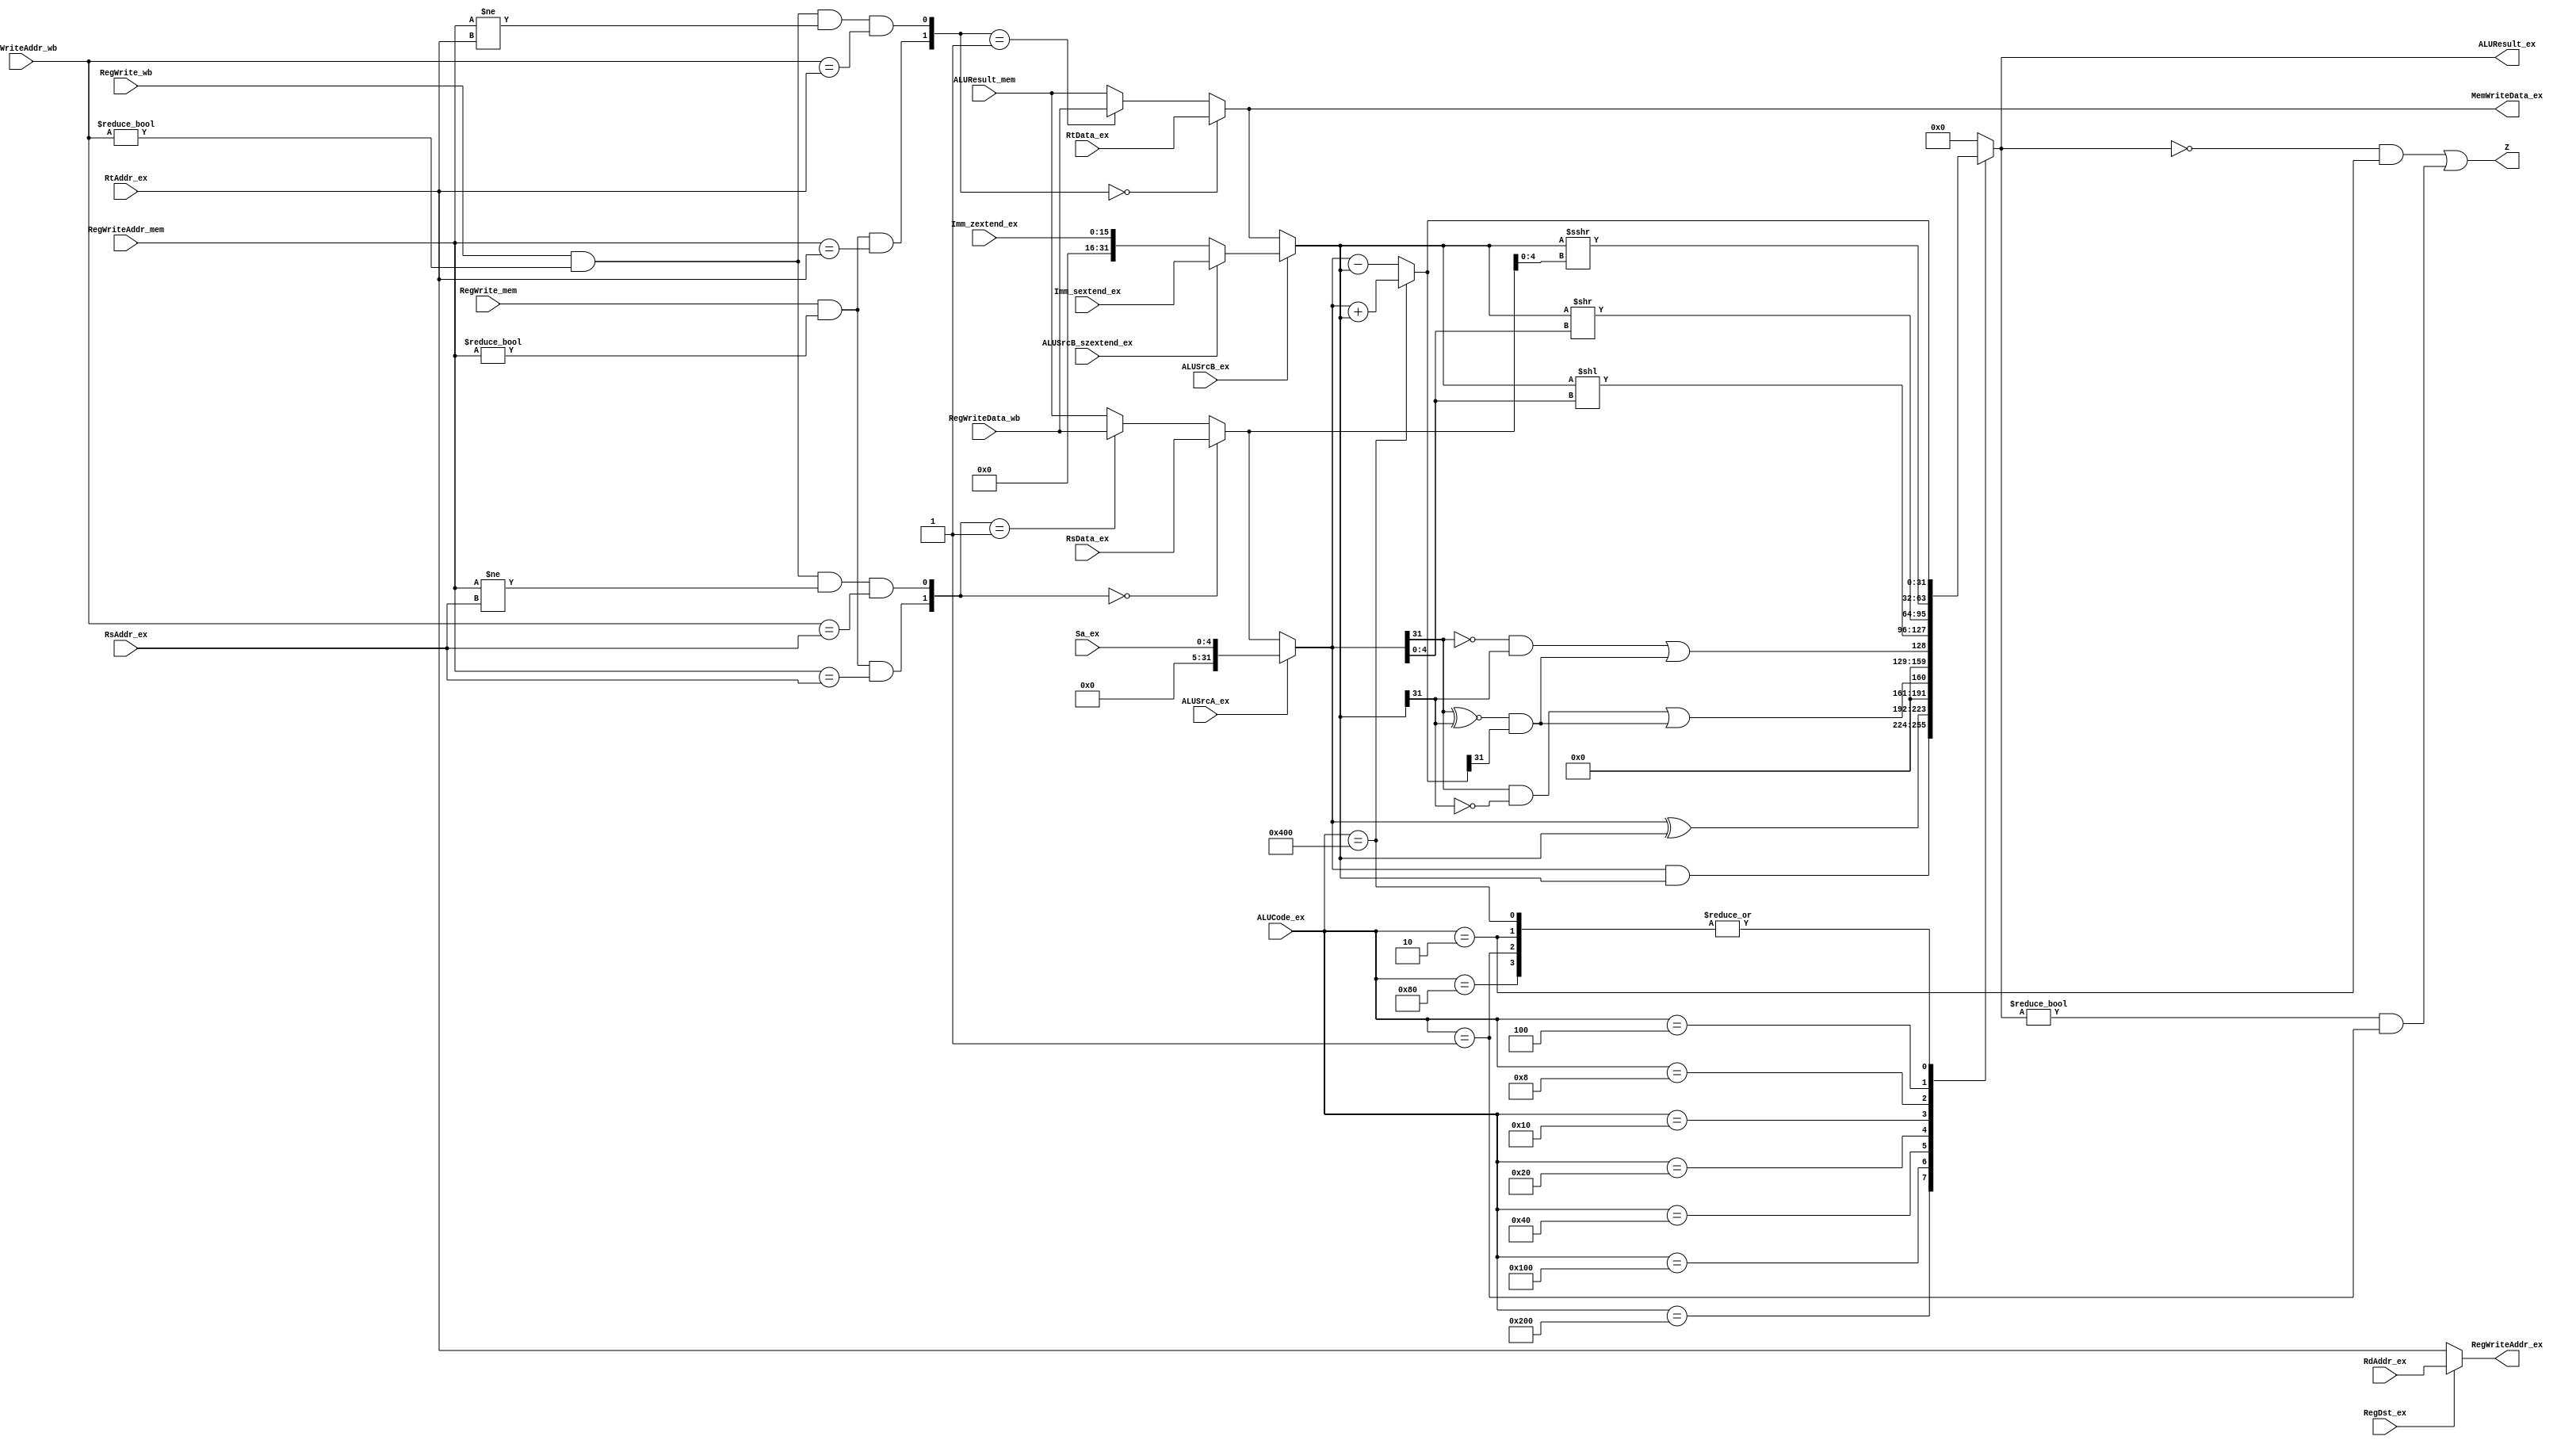
`timescale 1ns / 1ps
//////////////////////////////////////////////////////////////////////////////////
// Company: 
// Engineer: 
// 
// Design Name: 
// Module Name:    CPU_module_EX 
// Project Name: 
// Target Devices: 
// Tool versions: 
// Description: 
//
// Dependencies: 
//
// Revision: 
// Revision 0.01 - File Created
// Additional Comments: 
//
//////////////////////////////////////////////////////////////////////////////////
module CPU_module_EX(
	//1 level data forwarding(ex)
	//RegWrite_mem = 1& (RegWriteAddr_men=RsAddr_ex | RegWriteAddr_mem = RtAddr_ex)
	input wire[4:0] RegWriteAddr_mem,
	input RegWrite_mem,
	input wire[31:0] ALUResult_mem,
	//2 level data forwarding(men)
	//RegWrite_wb = 1&(RegWriteAddr_wb = RsAddr_ex | RegWriteAddr_wb = RtAddr_ex) & not ex
	input wire[4:0] RegWriteAddr_wb,
	input RegWrite_wb,
	input wire[31:0] RegWriteData_wb,
	// 1\2 level data forwarding
	input wire[4:0] RsAddr_ex,
	input wire[4:0] RtAddr_ex,
	
	//RdAddr_ex and Rt_Addr_ex, selected by RegDst_ex
	//transfer to next phase, become RegWriteAddr_ex
	input wire[4:0] RdAddr_ex,
	input RegDst_ex,
	
	//data for next phase
	//other signals, MemWrite, for example, would transfer directly from ID_EX reg
	//to EX_MEM reg
	output wire[4:0] RegWriteAddr_ex,
	output reg[31:0] ALUResult_ex,	//applied as rd data or memory address
	output wire[31:0] MemWriteData_ex,	//if sw, equal to B
	
	//signal from ID
	input wire[10:0] ALUCode_ex,
	input ALUSrcA_ex,
	input ALUSrcB_ex,
	input ALUSrcB_szextend_ex,
	
	//data from ID
	input wire[31:0] Imm_sextend_ex,
	input wire[15:0] Imm_zextend_ex,
	input wire[4:0] Sa_ex,
	input wire[31:0] RsData_ex,
	input wire[31:0] RtData_ex,
	
	output wire Z
	//for test
	//output wire[31:0] ALU_A,
	//output wire[31:0] ALU_B
	
);

	parameter ADD = 11'b10000000000;
	parameter AND = 11'b01000000000;
	parameter XOR = 11'b00100000000;
	parameter SUB = 11'b00010000000;
	parameter SLT = 11'b00001000000;
	parameter SLTU = 11'b00000100000;
	parameter SLL = 11'b00000010000;
	parameter SRL = 11'b00000001000;
	parameter SRA = 11'b00000000100;
	parameter BEQ = 11'b00000000010;
	parameter BNE = 11'b00000000001;
	wire[31:0] ALU_A, ALU_B;
	wire[1:0] ForwardA, ForwardB;
	//data forwarding
	assign ForwardA[0] = RegWrite_wb&&(RegWriteAddr_wb!=0)&&(RegWriteAddr_mem!=RsAddr_ex)&&(RegWriteAddr_wb==RsAddr_ex);
	assign ForwardA[1] = RegWrite_mem&&(RegWriteAddr_mem!=0)&&(RegWriteAddr_mem==RsAddr_ex);
	assign ForwardB[0] = RegWrite_wb&&(RegWriteAddr_wb!=0)&&(RegWriteAddr_mem!=RtAddr_ex)&&(RegWriteAddr_wb==RtAddr_ex);
	assign ForwardB[1] = RegWrite_mem&&(RegWriteAddr_mem!=0)&&(RegWriteAddr_mem==RtAddr_ex);
	wire[31:0] A = (ForwardA == 2'b00) ? RsData_ex : ((ForwardA == 2'b01) ? RegWriteData_wb : ALUResult_mem);
	wire[31:0] B = (ForwardB == 2'b00) ? RtData_ex : ((ForwardB == 2'b01) ? RegWriteData_wb : ALUResult_mem);
	//choose from register data and immediate data
	assign ALU_A = (ALUSrcA_ex == 1'b0) ? A : {27'b0,Sa_ex};
	assign ALU_B = (ALUSrcB_ex == 1'b0) ? B : (ALUSrcB_szextend_ex == 1'b0 ? {16'b0,Imm_zextend_ex} : Imm_sextend_ex);
	//add\sub
	wire Binvert = ~(ALUCode_ex == ADD);
	//wire[31:0] add_sub_rst = ALU_A + ALU_B^{32{Binvert}}+Binvert;
	//wire[31:0] add_sub_rst = ALU_A + ALU_B^32'hFFFFFFFF+32'h00000001;
	wire[31:0] add_sub_rst = Binvert ? (ALU_A - ALU_B) : (ALU_A + ALU_B);
	wire[31:0] and_rst = ALU_A & ALU_B;	//and
	wire[31:0] xor_rst = ALU_A ^ ALU_B;	//xor
	wire[31:0] or_rst = ALU_A | ALU_B;	//or
	wire[31:0] sll_rst = ALU_B << ALU_A[4:0];
	wire[31:0] srl_rst = ALU_B >> ALU_A[4:0];
	//sra
	reg signed[31:0] ALU_B_Reg;
	always @(ALU_B)
	begin
		ALU_B_Reg = ALU_B;
	end
	wire[31:0] sra_rst = ALU_B_Reg >>> A[4:0];
	wire[31:0] sltu_rst = ((~ALU_A[31])&&ALU_B[31])||((ALU_A[31]~^ALU_B[31])&&add_sub_rst[31]);
	wire[31:0] slt_rst = (ALU_A[31]&&(~ALU_B[31]))||((ALU_A[31]^~ALU_B[31])&&add_sub_rst[31]);
	
	always @*
	begin
		case(ALUCode_ex)
		ADD : ALUResult_ex = add_sub_rst;
		AND : ALUResult_ex = and_rst;
		XOR : ALUResult_ex = xor_rst;
		SUB : ALUResult_ex = add_sub_rst;
		SLT : ALUResult_ex = slt_rst;
		SLTU : ALUResult_ex = sltu_rst;
		SLL : ALUResult_ex = sll_rst;
		SRL : ALUResult_ex = srl_rst;
		SRA : ALUResult_ex = sra_rst;
		BEQ : ALUResult_ex = add_sub_rst;
		BNE : ALUResult_ex = add_sub_rst;
		default : ALUResult_ex = 32'b0;
		endcase
	end	
	//data write to memory, if sw, equal to B
	assign MemWriteData_ex = B;
	
	//RegWriteAddr_ex
	assign RegWriteAddr_ex = (RegDst_ex == 0) ? RtAddr_ex : RdAddr_ex;

	assign Z = (ALUResult_ex == 32'b0 && ALUCode_ex == BEQ) || (ALUResult_ex != 32'b0 && ALUCode_ex == BNE);
endmodule